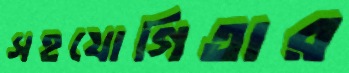
সহযোগিতার